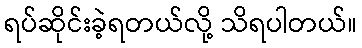
ရပ်ဆိုင်းခဲ့ရတယ်လို့ သိရပါတယ်။